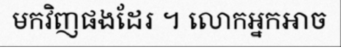
មកវិញផងដែរ ។ លោកអ្នកអាច